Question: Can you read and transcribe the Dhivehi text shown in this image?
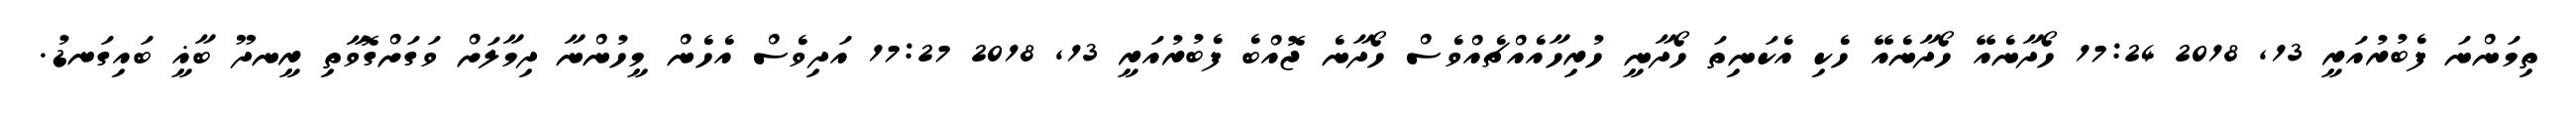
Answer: ތިމަންނަ ފެބުރުއަރީ 13, 2018 17:24 ހޯދާނެއޭ ހޯދާނެއޭ ހެކި އެކަނިތަ ހޯދާނީ ހުރިހާއެއްޗެއްވެސް ހޯދާނެ ޖޮއްބެ ފެބުރުއަރީ 13, 2018 17:27 އަދިވެސް އެހެން މީހުންނާ ދިމާލަށް ވަގަށްގޮވާތި ރީނދޫ ބާޣީ ބައިގަނޑު.